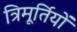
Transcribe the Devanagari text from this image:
त्रिमूर्तियों